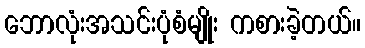
ဘောလုံးအသင်းပုံစံမျိုး ကစားခဲ့တယ်။